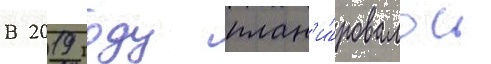
В 2019 году план'и́ровалось